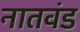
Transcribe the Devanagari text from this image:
नातवंड